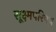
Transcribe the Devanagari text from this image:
सूक्ष्मपरिपथ